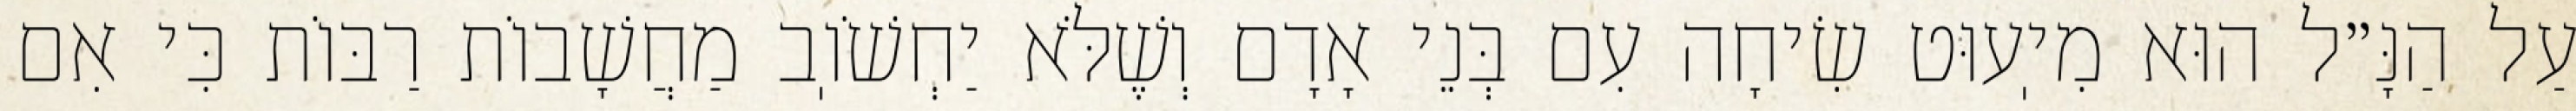
עַל הַנָּ״ל הוּא מִיֽעוּט שִׂיחָה עִם בְּנֵי אָדָם וְשֶׁלֹּא יַחְשֹׁוֽב מַחֲשָׁבוֹת רַבּוֹת כִּי אִם